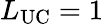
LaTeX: L_{\mathrm{UC}}=1